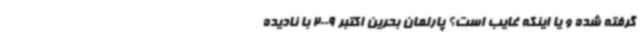
گرفته شده و یا اینکه غایب است؟ پارلمان بحرین اکتبر 2009 با نادیده